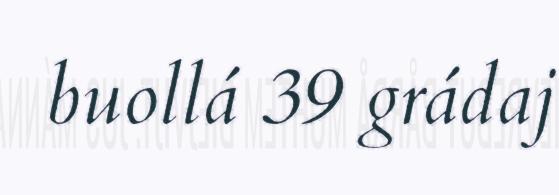
buollá 39 grádaj